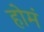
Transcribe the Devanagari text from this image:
होमं